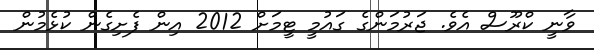
ވާނީ ކްރޫސް އެވެ. ޖަރުމަންގެ ގައުމީ ޓީމަށް 2012 އިން ފެށިގެން ކުޅެމުން